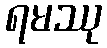
ရမဿု